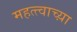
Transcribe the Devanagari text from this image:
महत्त्वाच्य़ा